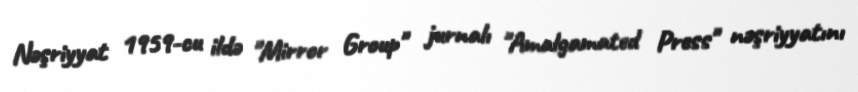
Nəşriyyat 1959-cu ildə "Mirror Group" jurnalı "Amalgamated Press" nəşriyyatını